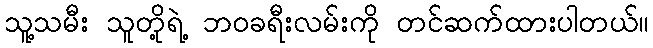
သူ့သမီး သူတို့ရဲ့ ဘဝခရီးလမ်းကို တင်ဆက်ထားပါတယ်။